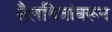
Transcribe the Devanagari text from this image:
तैलचित्रांवरून